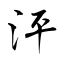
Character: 泙